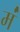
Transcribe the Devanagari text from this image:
मं॑